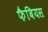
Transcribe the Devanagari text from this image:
फैबियस